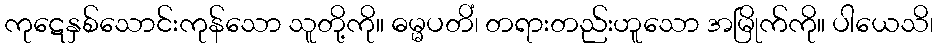
ကုဋေနှစ်သောင်းကုန်သော သူတို့ကို။ ဓမ္မပတိံ၊ တရားတည်းဟူသော အမြိုက်ကို။ ပါယေသိ၊